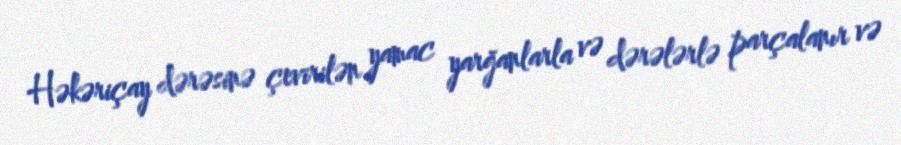
Həkəriçay dərəsinə çevirilən yamac yarğanlarla və dərələrlə parçalanır və